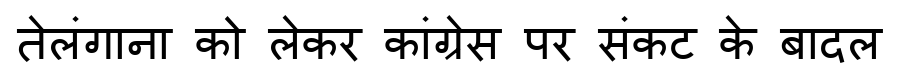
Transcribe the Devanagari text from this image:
तेलंगाना को लेकर कांग्रेस पर संकट के बादल